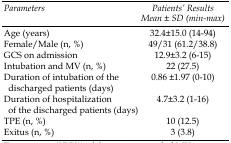
<table><thead><tr><td><b><i>Parameters</i></b></td><td><b><i>Patients’ Results Mean ± SD (min-max)</i></b></td></tr></thead><tbody><tr><td>Age (years)</td><td>32.4±15.0 (14-94)</td></tr><tr><td>Female/Male (n, %)</td><td>49/31 (61.2/38.8)</td></tr><tr><td>GCS on admission</td><td>12.9±3.2 (6-15)</td></tr><tr><td>Intubation and MV (n, %)</td><td>22 (27.5)</td></tr><tr><td>Duration of intubation of the discharged patients (days)</td><td>0.86 ±1.97 (0-10)</td></tr><tr><td>Duration of hospitalization of the discharged patients (days)</td><td>4.7±3.2 (1-16)</td></tr><tr><td>TPE (n, %)</td><td>10 (12.5)</td></tr><tr><td>Exitus (n, %)</td><td>3 (3.8)</td></tr></tbody></table>